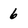
Character: 6